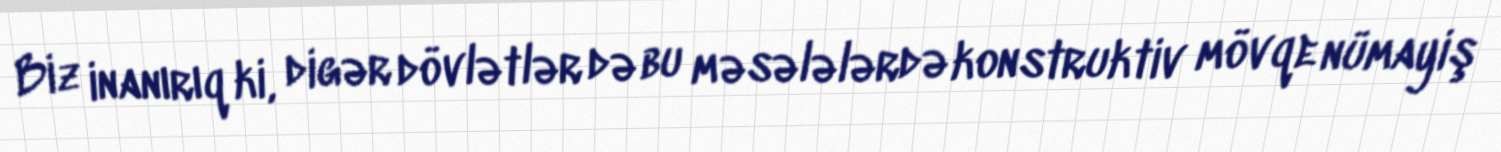
Biz inanırıq ki, digər dövlətlər də bu məsələlərdə konstruktiv mövqe nümayiş